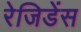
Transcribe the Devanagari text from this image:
रेजिडेंस